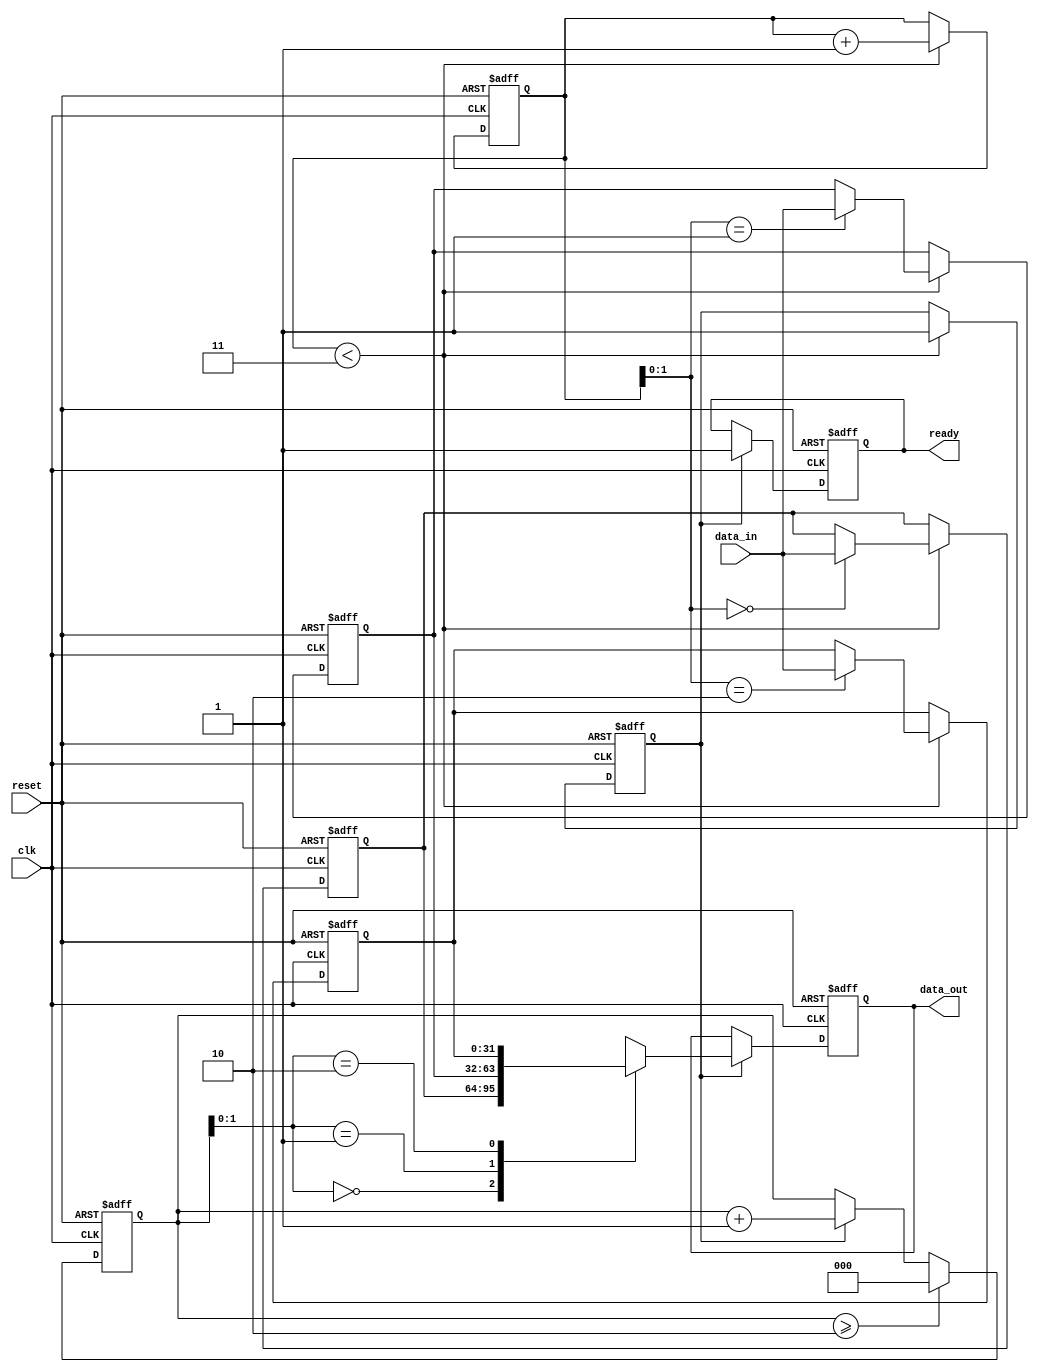
`timescale 1ns / 1ps
//////////////////////////////////////////////////////////////////////////////////
// Company: 
// Engineer: 
// 
// Design Name: 
// Module Name: kernel_FIFO
// Project Name: 
// Target Devices: 
// Tool Versions: 
// Description: 
// 
// Dependencies: 
// 
// Revision:
// Revision 0.01 - File Created
// Additional Comments:
// 
//////////////////////////////////////////////////////////////////////////////////


module kernel_FIFO(
    input reset,
    input clk,
    input [31:0] data_in,
    output reg [31:0] data_out,
    output reg ready
    );
    
    reg [31:0] FIFO [2:0];
    reg [2:0] wr_pt = 0;
    reg [2:0] rd_pt = 0;
    reg en;
    
    always @(posedge clk or negedge reset)
    begin
        if (!reset)
        begin
            wr_pt <= 0;
            rd_pt <= 0;
            data_out <= 0;
            ready <= 0;
            en <= 0;
            FIFO[0] <= 0;
            FIFO[1] <= 0;
            FIFO[2] <= 0;
        end
        else
        begin
            if (wr_pt < 3)
            begin
                FIFO[wr_pt] <= data_in;
                wr_pt <= wr_pt + 1;
                en <= 1;
            end
            
            if (en == 1)
            begin
                data_out <= FIFO[rd_pt];
                ready <= 1;
                rd_pt <= rd_pt + 1;
            end
            if (rd_pt >= 2)
            begin
                rd_pt <= 0;
            end
        end
    end
endmodule